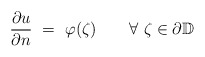
\begin{align*}\frac{\partial u}{\partial n}\ =\ \varphi(\zeta) \quad\quad\forall\ \zeta\in\partial\mathbb D\end{align*}